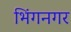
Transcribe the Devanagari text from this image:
भिंगनगर